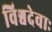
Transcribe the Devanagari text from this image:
विश्वदेवाः